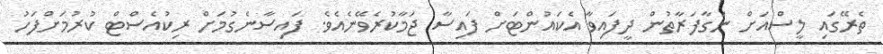
ތެރޭގައި ލީސްއަށް ނަގާފަރާތުން ދީފައިވާ އެކައުންޓަށް ފައިސާ ޖަމާކުރެވޭނެއެވެ. ފައިސާނެގުމަށް ރިކުއެސްޓް ކުރުމަށްފަހު